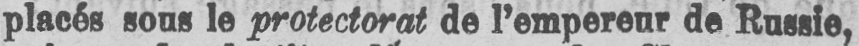
placés sous le protectorat de l’empereur de Russie,